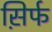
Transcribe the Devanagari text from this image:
स़िर्फ